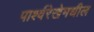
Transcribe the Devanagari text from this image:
पार्श्वरेखेमधील